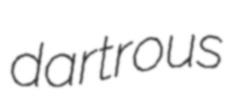
dartrous